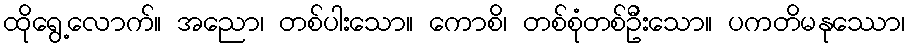
ထိုရွေ့လောက်။ အညော၊ တစ်ပါးသော။ ကောစိ၊ တစ်စုံတစ်ဦးသော။ ပကတိမနုဿော၊